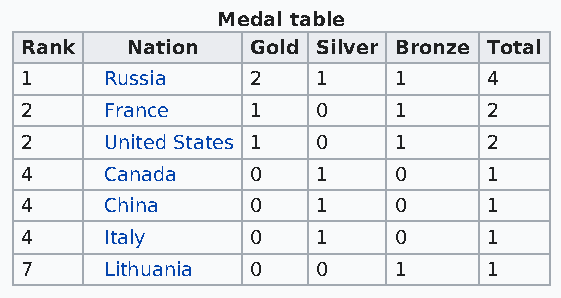
Medal table
 Rank   Nation   Gold Silver Bronze Total
 1     Russia    2   1    1     4
 2     France    1   0    1     2
 2     United States 1 0  1     2
 4     Canada    0   1    0     1
 4     China     0   1    0     1
 4     Italy     0   1    0     1
 7     Lithuania 0   0    1     1